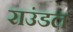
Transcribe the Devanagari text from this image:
राउंडल